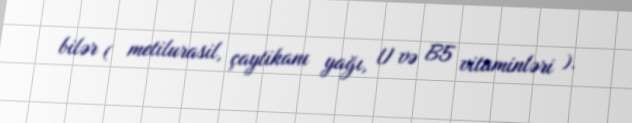
bilər ( metilurasil, çaytikanı yağı, U və B5 vitaminləri ).